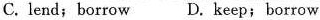
C.lend;borrow D.Keep;borrow